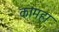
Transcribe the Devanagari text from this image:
कामहा